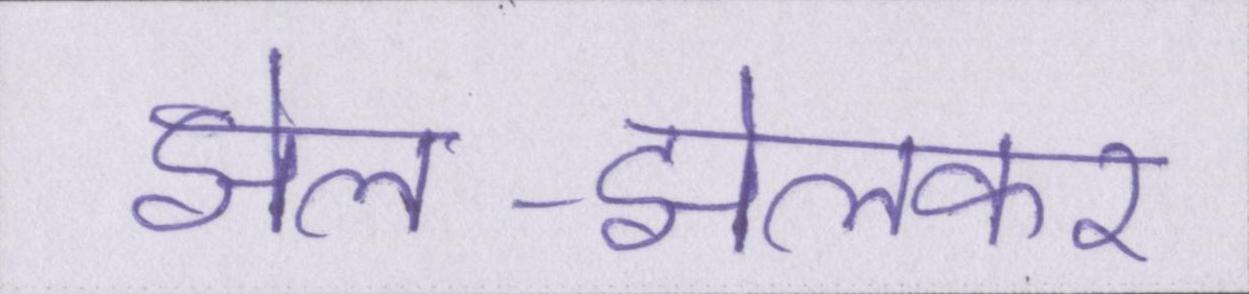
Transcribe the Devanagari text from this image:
झेल-झेलकर